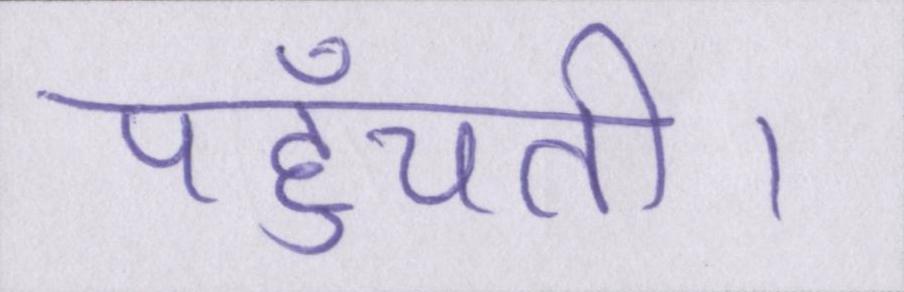
पहुँचती।